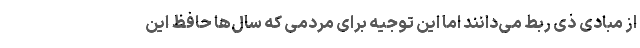
از مبادی ذی ربط می‌دانند اما این توجیه برای مردمی که سال‌ها حافظ این